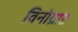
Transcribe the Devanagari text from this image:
विनोग्राड